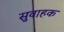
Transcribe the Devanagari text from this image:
सुवाहक